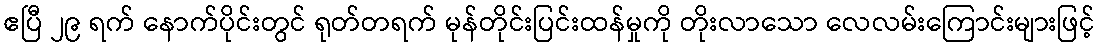
ဧပြီ ၂၉ ရက် နောက်ပိုင်းတွင် ရုတ်တရက် မုန်တိုင်းပြင်းထန်မှုကို တိုးလာသော လေလမ်းကြောင်းများဖြင့်